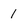
Character: 1